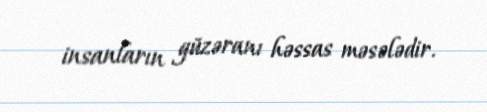
insanların güzəranı həssas məsələdir.